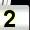
Digit: 2